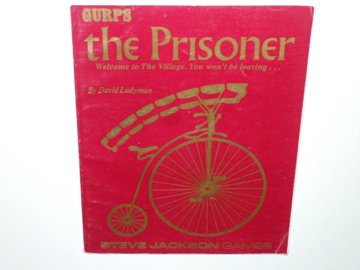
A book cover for GURPS The Prisoner Roleplaying In The Village; David Ladyman; Science Fiction & Fantasy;